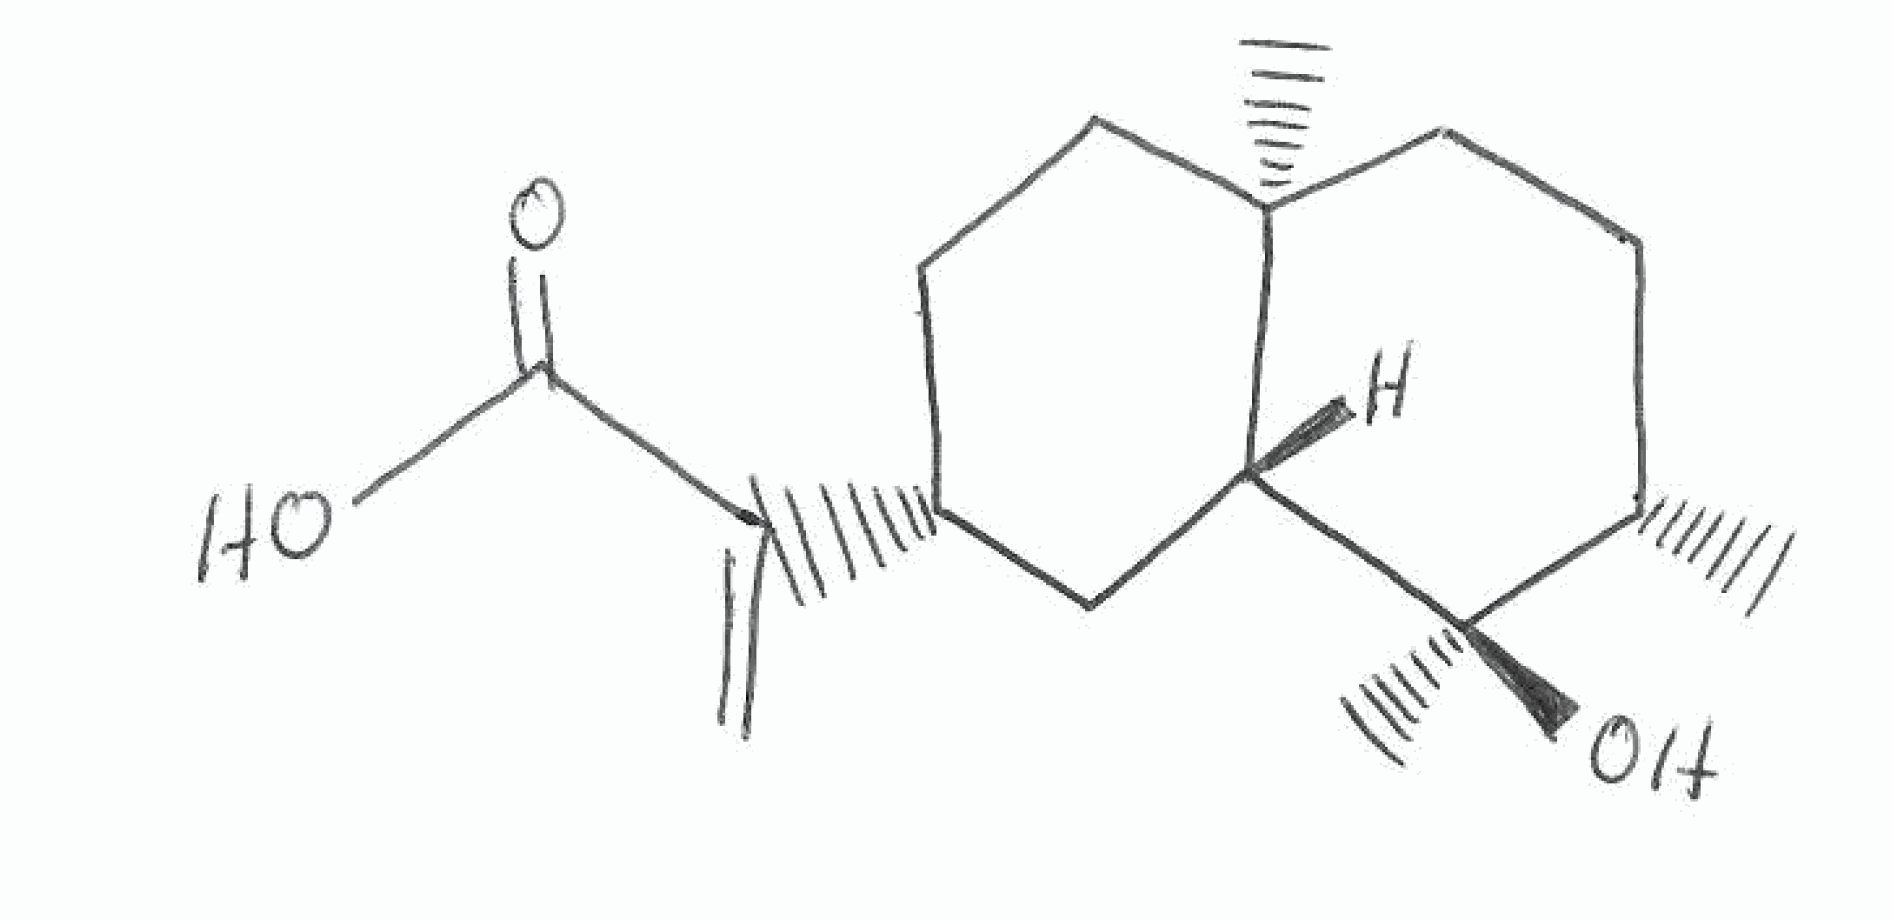
Simplified molecular-input line-entry system (SMILES) notation of the given molecule:
C[C@@]12CC[C@H](C[C@H]1[C@]([C@H](CC2)O)(C)O)C(=C)C(=O)O